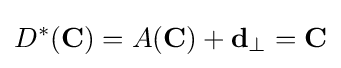
D^{*}(\mathbf {C} )=A(\mathbf {C} )+\mathbf {d} _{\perp }=\mathbf {C}